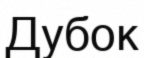
Дубок